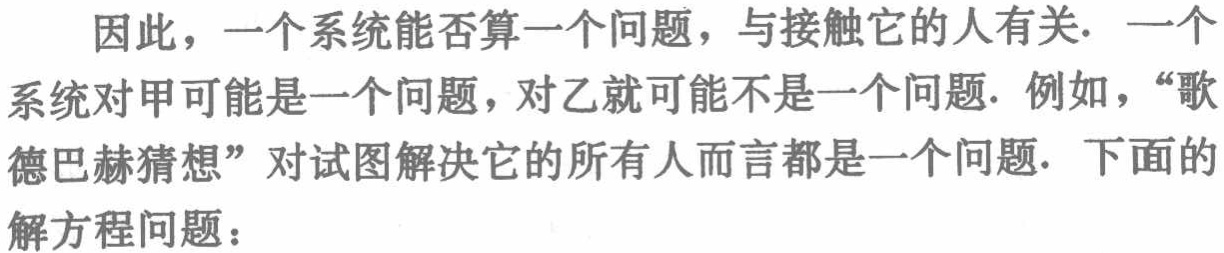
因此，一个系统能否算一个问题，与接触它的人有关. 一个系统对甲可能是一个问题，对乙就可能不是一个问题. 例如，“歌德巴赫猜想”对试图解决它的所有人而言都是一个问题. 下面的解方程问题：